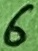
Text: 6